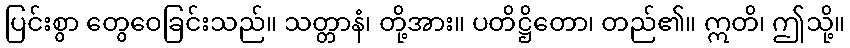
ပြင်းစွာ တွေဝေခြင်းသည်။ သတ္တာနံ၊ တို့အား။ ပတိဋ္ဌိတော၊ တည်၏။ ဣတိ၊ ဤသို့။